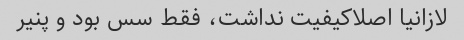
لازانیا اصلاکیفیت نداشت، فقط سس بود و پنیر